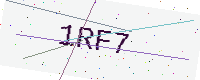
Text: 1RF7